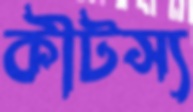
কীটস্য